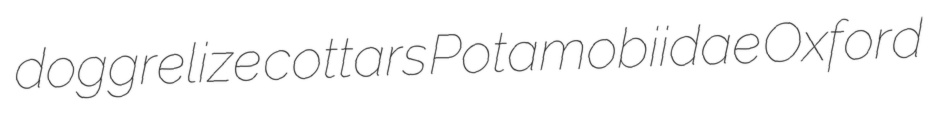
doggrelize cottars Potamobiidae Oxford